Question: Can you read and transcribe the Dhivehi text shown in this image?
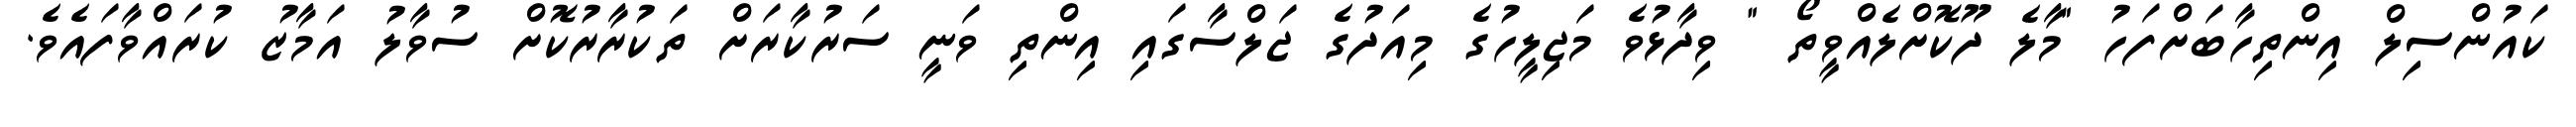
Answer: ކައުންސިލް އިންތިހާބަށްފަހު "މާލެ ދޫކޮށްލެއްވީތޯ " ވިދާޅުވެ މަޖިލީހުގެ މިއަދުގެ ޖަލްސާގައި އިންތި ވަނީ ސަރުކާރަށް ތަކުރާރުކޮށް ސުވާލު އަމާޒު ކުރައްވާފައެވެ.